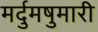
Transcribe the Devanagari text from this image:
मर्दुमषुमारी